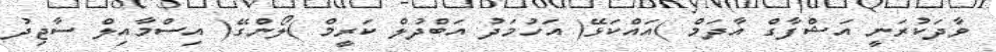
ވާދަކުރަނީ އަޝްފާގް އާދަމް )އައްކަޅޭ( އަހުމަދު އަބްދުލް ކަރީމް )ލޯންގޭ( އިސްމާއިލް ސާޖިދު